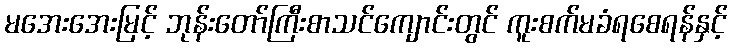
မအေးအေးမြင့် ဘုန်းတော်ကြီးစာသင်ကျောင်းတွင် ကူးစက်မခံရစေရန်နှင့်